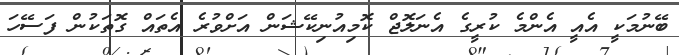
ބޭނުމަކީ އެއީ އެންމެ ކުރީގެ އެނަލޮޖް ކޮމިއުނިކޭޝަން އަށްވުރެ އެތައް ގޮތަކުން ފަސޭހަ